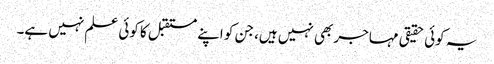
یہ کوئی حقیقی مہاجر بھی نہیں ہیں، جن کو اپنے مستقبل کا کوئی علم نہیں ہے۔